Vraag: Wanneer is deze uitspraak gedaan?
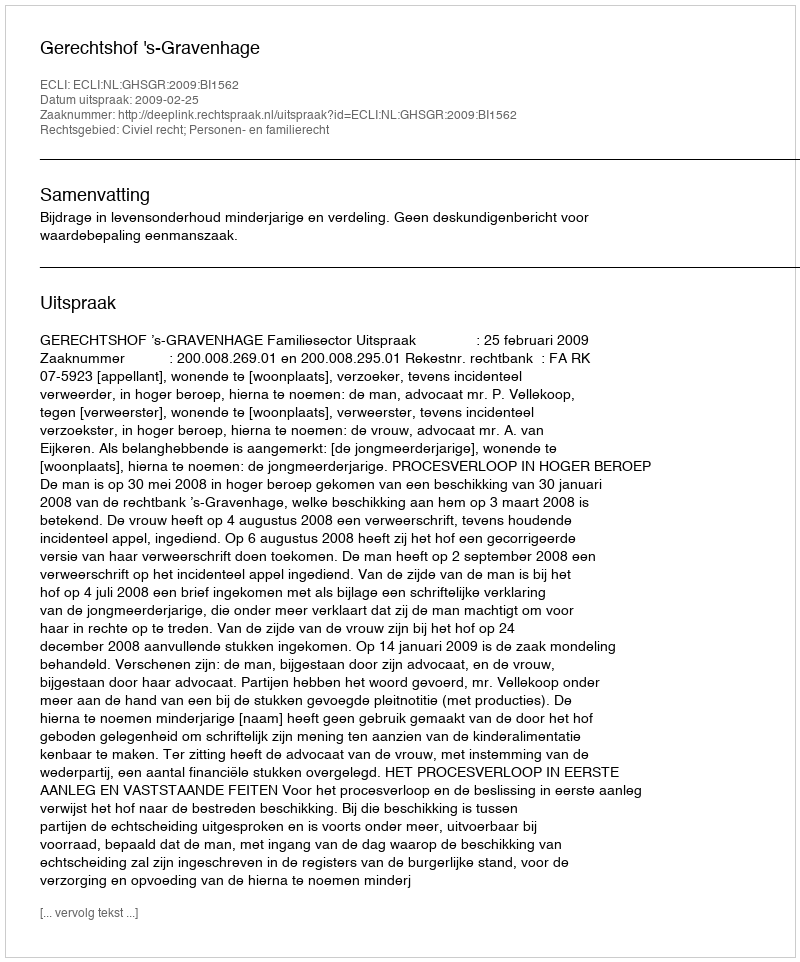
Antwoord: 2009-02-25